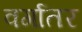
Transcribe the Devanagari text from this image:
वर्गातर